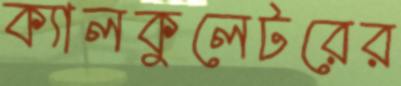
ক্যালকুলেটরের